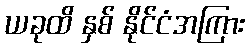
ယခုထိ နှစ် နိုင်ငံအကြား